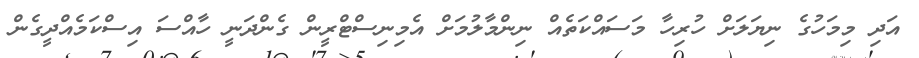
އަދި މިމަހުގެ ނިޔަލަށް ހުރިހާ މަސައްކަތެއް ނިންމާލުމަށް އެމިނިސްޓްރީން ގެންދަނީ ހާއްސަ އިސްކަމެއްދީގެން